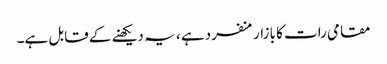
مقامی رات کا بازار منفرد ہے ، یہ دیکھنے کے قابل ہے۔